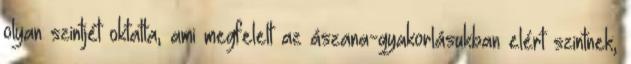
olyan szintjét oktatta, ami megfelelt az ászana-gyakorlásukban elért szintnek,